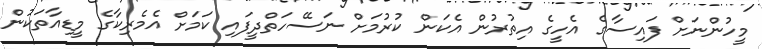
މީހުންނަށް ފައިސާގެ އެހީގެ އިތުރުން އެކަން ކުރުމަށް ނަސޭހަތްދީފައި ކަމަށް އެމެރިކާގެ މީޑިއާތަކުން